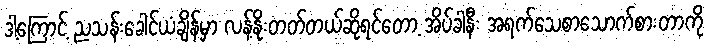
ဒါ့ကြောင့် ညသန်းခေါင်ယံချိန်မှာ လန့်နိုးတတ်တယ်ဆိုရင်တော့ အိပ်ခါနီး အရက်သေစာသောက်စားတာကို